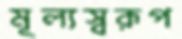
মূল্যস্বরূপ